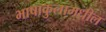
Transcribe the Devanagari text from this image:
भाषाकुलामधील